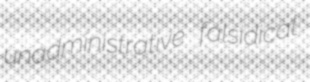
unadministrative falsidical